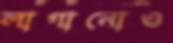
লাগানোও